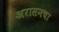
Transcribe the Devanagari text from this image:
अरासनचा